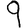
Digit: 9